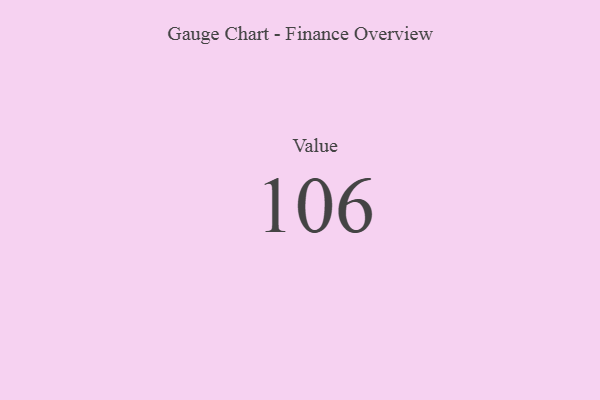
{"axis": {"x": "Metric", "y": "Value"}, "legend": [""], "data": [{"x": "Value", "y": 106, "type": ""}]}